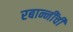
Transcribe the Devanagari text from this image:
रबान्नींची